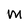
Character: M